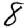
Digit: 8